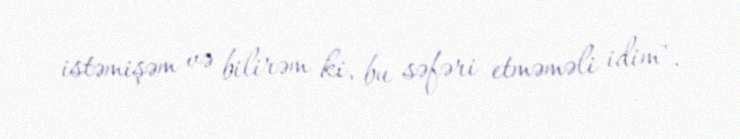
istəmişəm və bilirəm ki, bu səfəri etməməli idim".